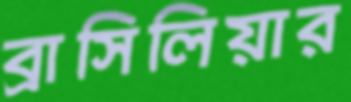
ব্রাসিলিয়ার